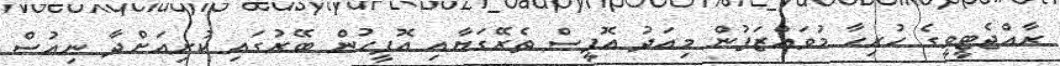
ރާއްޖެޓީވީގެ ހުރިހާ މުވައްޒަފުން މިއަދު އޮފީސް ތެރޭގަޔާއި އޮފީހުން ބޭރުގައި ކުރިއަށްދާ ނިއުސް